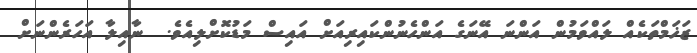
ޒަޚަމްތަކެއް ލައްވަމުން އަންނަ އޭނަގެ އަންހެނުންކައިރިއަށް އައިސް މަޑުކޮށްލިއެވެ.  ނާއިލާ އަހަރެންނަށް